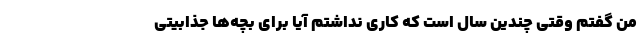
من گفتم وقتی چندین سال است که کاری نداشتم آیا برای بچه‌ها جذابیتی